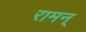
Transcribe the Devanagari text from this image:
रामन्‌